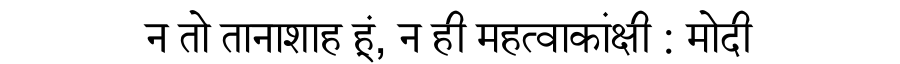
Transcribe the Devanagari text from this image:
न तो तानाशाह हूं, न ही महत्वाकांक्षी : मोदी